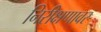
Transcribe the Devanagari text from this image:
निरीक्षणावर